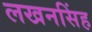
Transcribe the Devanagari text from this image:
लखनसिंह